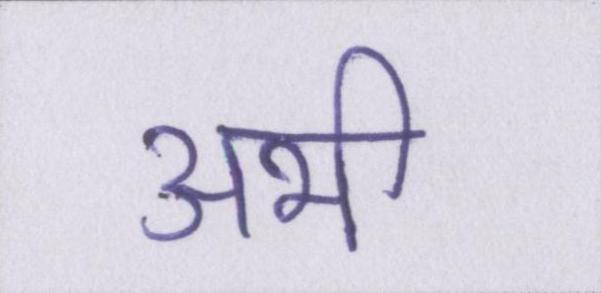
अभी